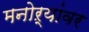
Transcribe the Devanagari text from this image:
मनोऱ्यांवर